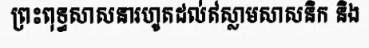
ព្រះពុទ្ធសាសនារហូតដល់ឥស្លាមសាសនិក និង